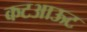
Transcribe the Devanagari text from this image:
कटआऊट